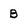
Character: B